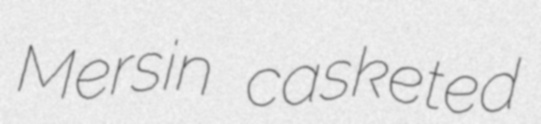
Mersin casketed